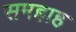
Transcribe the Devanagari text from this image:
समहाह